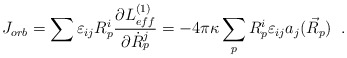
\begin{align*} J_{orb}=\sum\varepsilon_{ij}R^{i}_{p} \frac{\partial L^{(1)}_{eff}}{\partial \dot{R}^{j}_{p}}= -4\pi\kappa\sum_{p}R^{i}_{p}\varepsilon_{ij}a_{j}(\vec{R}_{p}) \;\;.\end{align*}